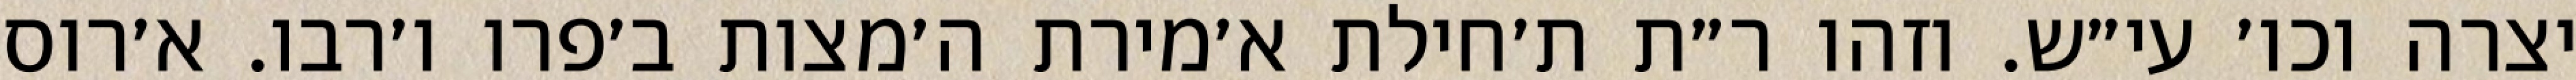
יצרה וכו׳ עי״ש. וזהו ר״ת ת׳חילת א׳מירת ה׳מצות ב׳פרו ו׳רבו. א׳רוס